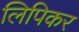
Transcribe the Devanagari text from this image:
लिपिकर